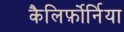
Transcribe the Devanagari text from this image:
कैलिर्फ़ोर्निया